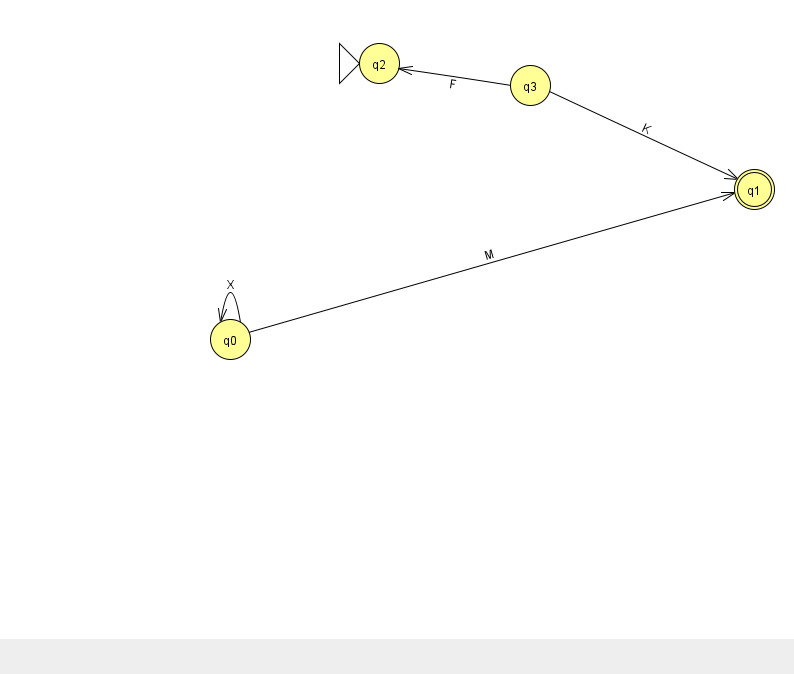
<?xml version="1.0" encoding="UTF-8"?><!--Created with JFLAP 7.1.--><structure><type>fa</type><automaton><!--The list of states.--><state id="0" name="q0"><x>230.0</x><y>326.0</y></state><state id="1" name="q1"><x>754.0</x><y>176.0</y><final/></state><state id="2" name="q2"><x>379.0</x><y>50.0</y><initial/></state><state id="3" name="q3"><x>530.0</x><y>72.0</y></state><!--The list of transitions.--><transition><from>0</from><to>1</to><read>M</read></transition><transition><from>3</from><to>2</to><read>F</read></transition><transition><from>0</from><to>0</to><read>X</read></transition><transition><from>3</from><to>1</to><read>K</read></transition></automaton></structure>